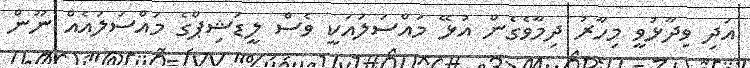
އަދި ވިދާޅުވީ މިހާރު ދިމާވެގެން އުޅޭ މައްސަލައަކީ ވެސް ލީޑަޝިޕްގެ މައްސަލައެއް ނޫން